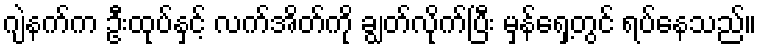
ဂျဲနက်က ဦးထုပ်နှင့် လက်အိတ်ကို ချွတ်လိုက်ပြီး မှန်ရှေ့တွင် ရပ်နေသည်။